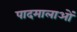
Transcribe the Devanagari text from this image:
पादमालाओं